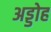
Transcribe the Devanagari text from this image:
अड्डोह